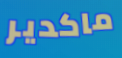
ماكدير